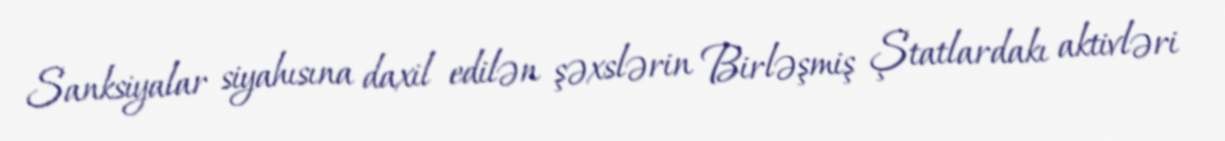
Sanksiyalar siyahısına daxil edilən şəxslərin Birləşmiş Ştatlardakı aktivləri